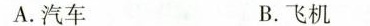
A.汽车 B.飞机